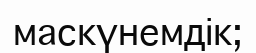
маскүнемдік;